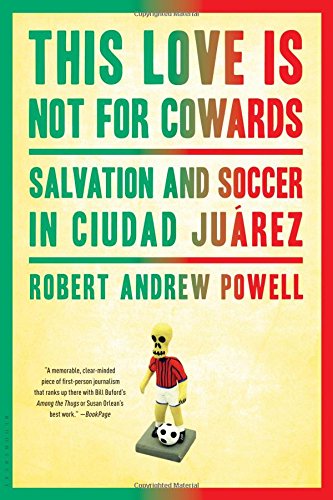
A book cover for This Love Is Not For Cowards: Salvation and Soccer in Ciudad JuÃ¡rez; Robert Andrew Powell; Sports & Outdoors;